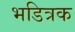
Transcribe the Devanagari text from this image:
भडित्रक